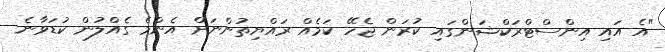
"އެ އައި އިންސްޓްރަކްޝަންގައި ކުރަން ޖެހޭ ކަމެއް ރައްޔިތުންނަށް އެންމެ ގެއްލުން ކުޑަވާނެ